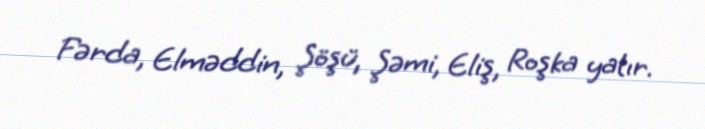
Fərda, Elməddin, Şöşü, Şəmi, Eliş, Roşka yatır.